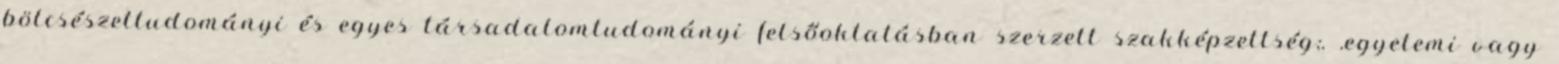
bölcsészettudományi és egyes társadalomtudományi felsőoktatásban szerzett szakképzettség;. .egyetemi vagy